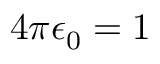
4 \pi \epsilon _ { 0 } = 1